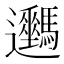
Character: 𨙦